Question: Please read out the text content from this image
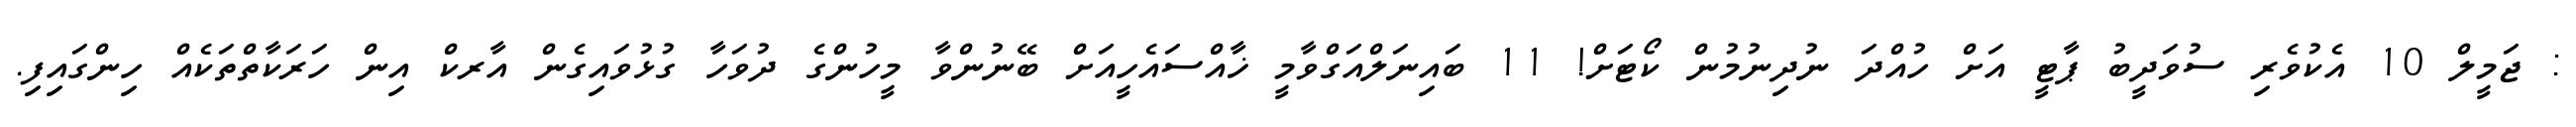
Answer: : ޖަމީލް 10 އެކުވެރި ސުވަދީބު ޕާޓީ އަށް ހުއްދަ ނުދިނުމުން ކޯޓަށް! 11 ބައިނަލްއަގްވާމީ ޚާއްސައެހީއަށް ބޭނުންވާ މީހުންގެ ދުވަހާ ގުޅުވައިގެން އާރކް އިން ހަރަކާތްތަކެއް ހިންގައިފި.